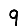
Digit: 9